Plague in India, 1896, 1897 - Volume 1
Year: 1896
Disease focus: Plague
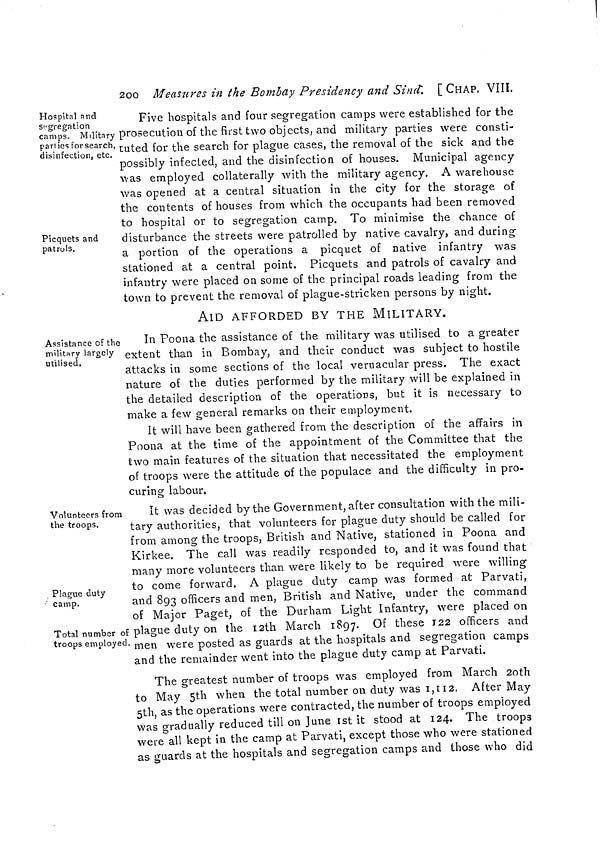
2OO Measures in the Bombay Presidency and Sind. [CHAP. VIII.
Hospital and
Segregation
camps. Military
parties for search,
disinfection, etc.
Picquets and
patrols.
Five hospitals and four segregation camps were established for the
prosecution of the first two objects, and military parties were consti-
tuted for the search for plague cases, the removal of the sick and the
possibly infected, and the disinfection of houses. Municipal agency
was employed collaterally with the military agency. A warehouse
was opened at a central situation in the city for the storage of
the contents of houses from which the occupants had been removed
to hospital or to segregation camp. To minimise the chance of
disturbance the streets were patrolled by native cavalry, and during
a portion of the operations a picquet of native infantry was
stationed at a central point. Picquets and patrols of cavalry and
infantry were placed on some of the principal roads leading from the
town to prevent the removal of plague-stricken persons by night.
Assistance of the
military largely
utilised.
AID AFFORDED BY THE MILITARY.
In Poona the assistance of the military was utilised to a greater
extent than in Bombay, and their conduct was subject to hostile
attacks in some sections of the local vernacular press. The exact
nature of the duties performed by the military will be explained in
the detailed description of the operations, but it is necessary to
make a few general remarks on their employment.
It will have been gathered from the description of the affairs in
Poona at the time of the appointment of the Committee that the
two main features of the situation that necessitated the employment
of troops were the attitude of the populace and the difficulty in pro-
curing labour.
Volunteers from
the troops.
Plague duty
camp.
Total number of
troops employed.
It was decided by the Government, after consultation with the mili-
tary authorities, that volunteers for plague duty should be called for
from among the troops, British and Native, stationed in Poona and
Kirkee. The call was readily responded to, and it was found that
many more volunteers than were likely to be required were willing
to come forward. A plague duty camp was formed at Parvati,
and 893 officers and men, British and Native, under the command
of Major Paget, of the Durham Light Infantry, were placed on
plague duty on the 12th March 1897. Of these 122 officers and
men were posted as guards at the hospitals and segregation camps
and the remainder went into the plague duty camp at Parvati.
The greatest number of troops was employed from March 2oth
to May 5th when the total number on duty was 1,112. After May
5th, as the operations were contracted, the number of troops employed
was gradually reduced till on June 1st it stood at 124. The troops
were all kept in the camp at Parvati, except those who were stationed
as guards at the hospitals and segregation camps and those who did